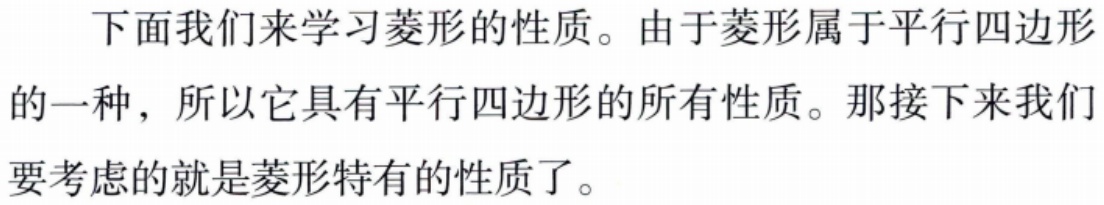
下面我们来学习菱形的性质。由于菱形属于平行四边形的一种，所以它具有平行四边形的所有性质。那接下来我们要考虑的就是菱形特有的性质了。